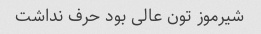
شیرموز تون عالی بود حرف نداشت